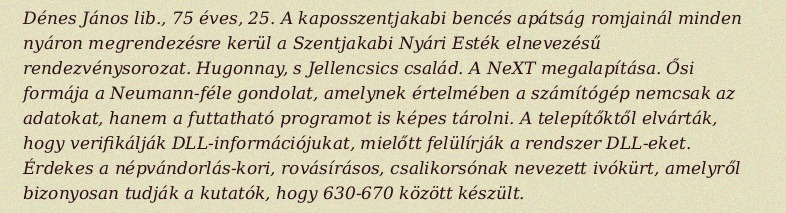
Dénes János lib., 75 éves, 25. A kaposszentjakabi bencés apátság romjainál minden nyáron megrendezésre kerül a Szentjakabi Nyári Esték elnevezésű rendezvénysorozat. Hugonnay, s Jellencsics család. A NeXT megalapítása. Ősi formája a Neumann-féle gondolat, amelynek értelmében a számítógép nemcsak az adatokat, hanem a futtatható programot is képes tárolni. A telepítőktől elvárták, hogy verifikálják DLL-információjukat, mielőtt felülírják a rendszer DLL-eket. Érdekes a népvándorlás-kori, rovásírásos, csalikorsónak nevezett ivókürt, amelyről bizonyosan tudják a kutatók, hogy 630-670 között készült.